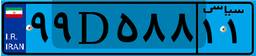
۹۹D۵۸۸۱۱